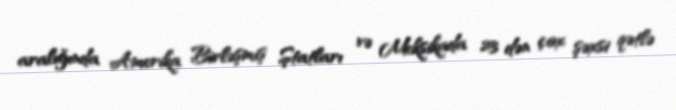
aralığında Amerika Birləşmiş Ştatları və Meksikada 23 dən çox şəxsi qətlə